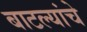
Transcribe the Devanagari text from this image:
बाटल्यांचे